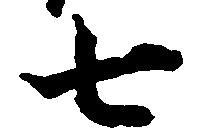
七